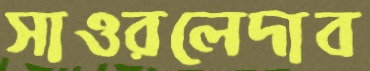
সাওরলেদাব